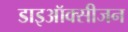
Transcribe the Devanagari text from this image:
डाइऑक्सीजन